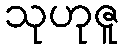
သုဟုဇူ